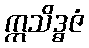
ဣသိဒ္ဓဇံ